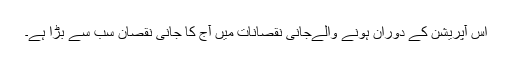
اس آپریشن کے دوران ہونے والےجانی نقصانات میں آج کا جانی نقصان سب سے بڑا ہے۔